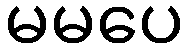
မမပေ